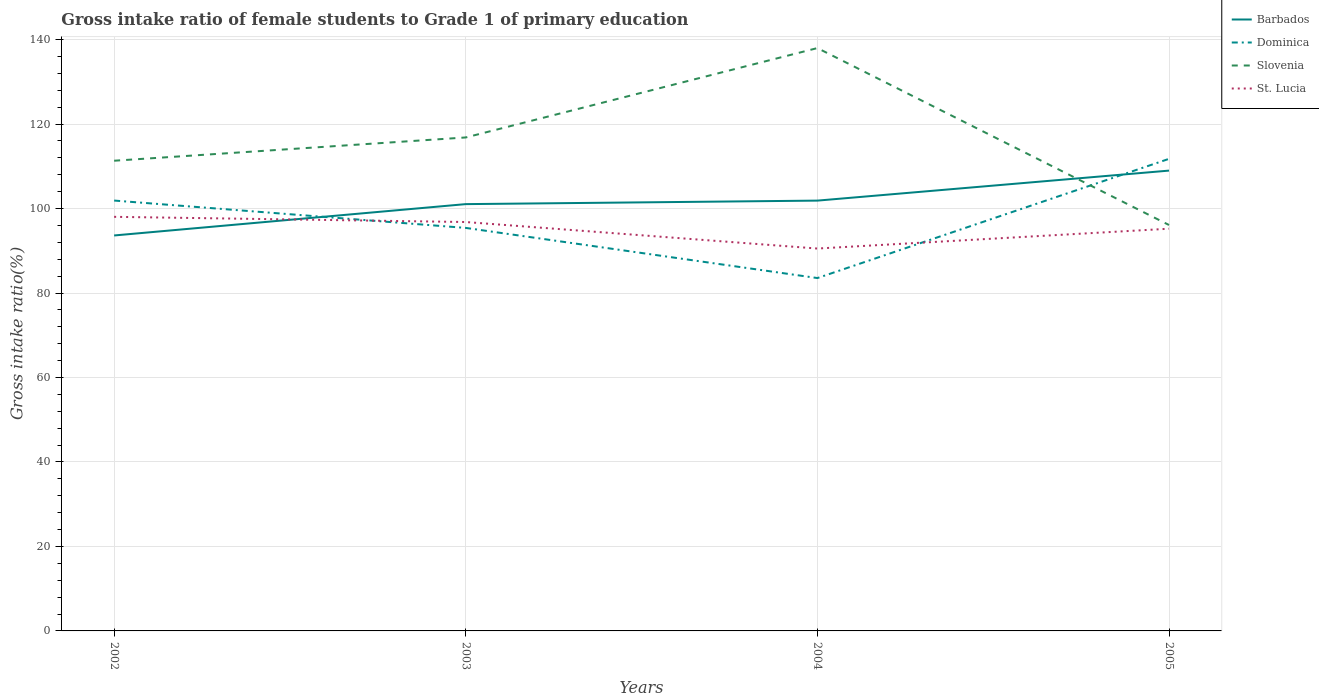
| Years | Barbados | Dominica | Slovenia | St. Lucia |
 | --- | --- | --- | --- | --- |
 | 2002 | 93.6 | 102 | 111 | 98 |
 | 2003 | 101 | 95.4 | 117 | 96.8 |
 | 2004 | 102 | 83.5 | 138 | 90.5 |
 | 2005 | 109 | 112 | 96.1 | 95.2 |